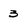
Character: 3